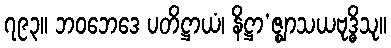
၇၉၃။ ဘဝဘေဒေ ပတိဋ္ဌာယံ၊ နိဋ္ဌာ’ဇ္ဈာသယဗုဒ္ဓိသု။